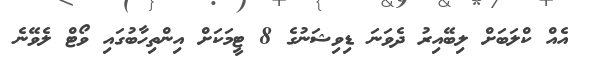
އެއް ކްލަބަށް ލިބޭއިރު ދެވަނަ ޑިވިޝަނުގެ 8 ޓީމަކަށް އިންތިހާބުގައި ވޯޓް ލެވޭނެ